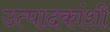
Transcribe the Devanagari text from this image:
उत्पादकांशी